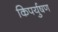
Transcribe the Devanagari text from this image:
किपर्युषण